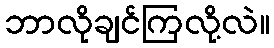
ဘာလိုချင်ကြလို့လဲ။